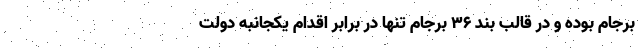
برجام بوده و در قالب بند 36 برجام تنها در برابر اقدام یکجانبه دولت